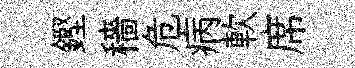
鏗穡危病軟席